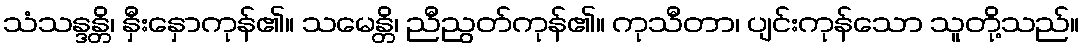
သံသန္ဒန္တိ၊ နှီးနှောကုန်၏။ သမေန္တိ၊ ညီညွတ်ကုန်၏။ ကုသီတာ၊ ပျင်းကုန်သော သူတို့သည်။